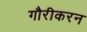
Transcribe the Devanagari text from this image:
गौरीकरन